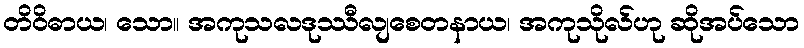
တိဝိဓာယ၊ သော။ အကုသလဒုဿီလျစေတနာယ၊ အကုသိုလ်ဟု ဆိုအပ်သော